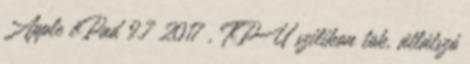
Apple iPad 9.7 2017 , TPU szilikon tok, átlátszó